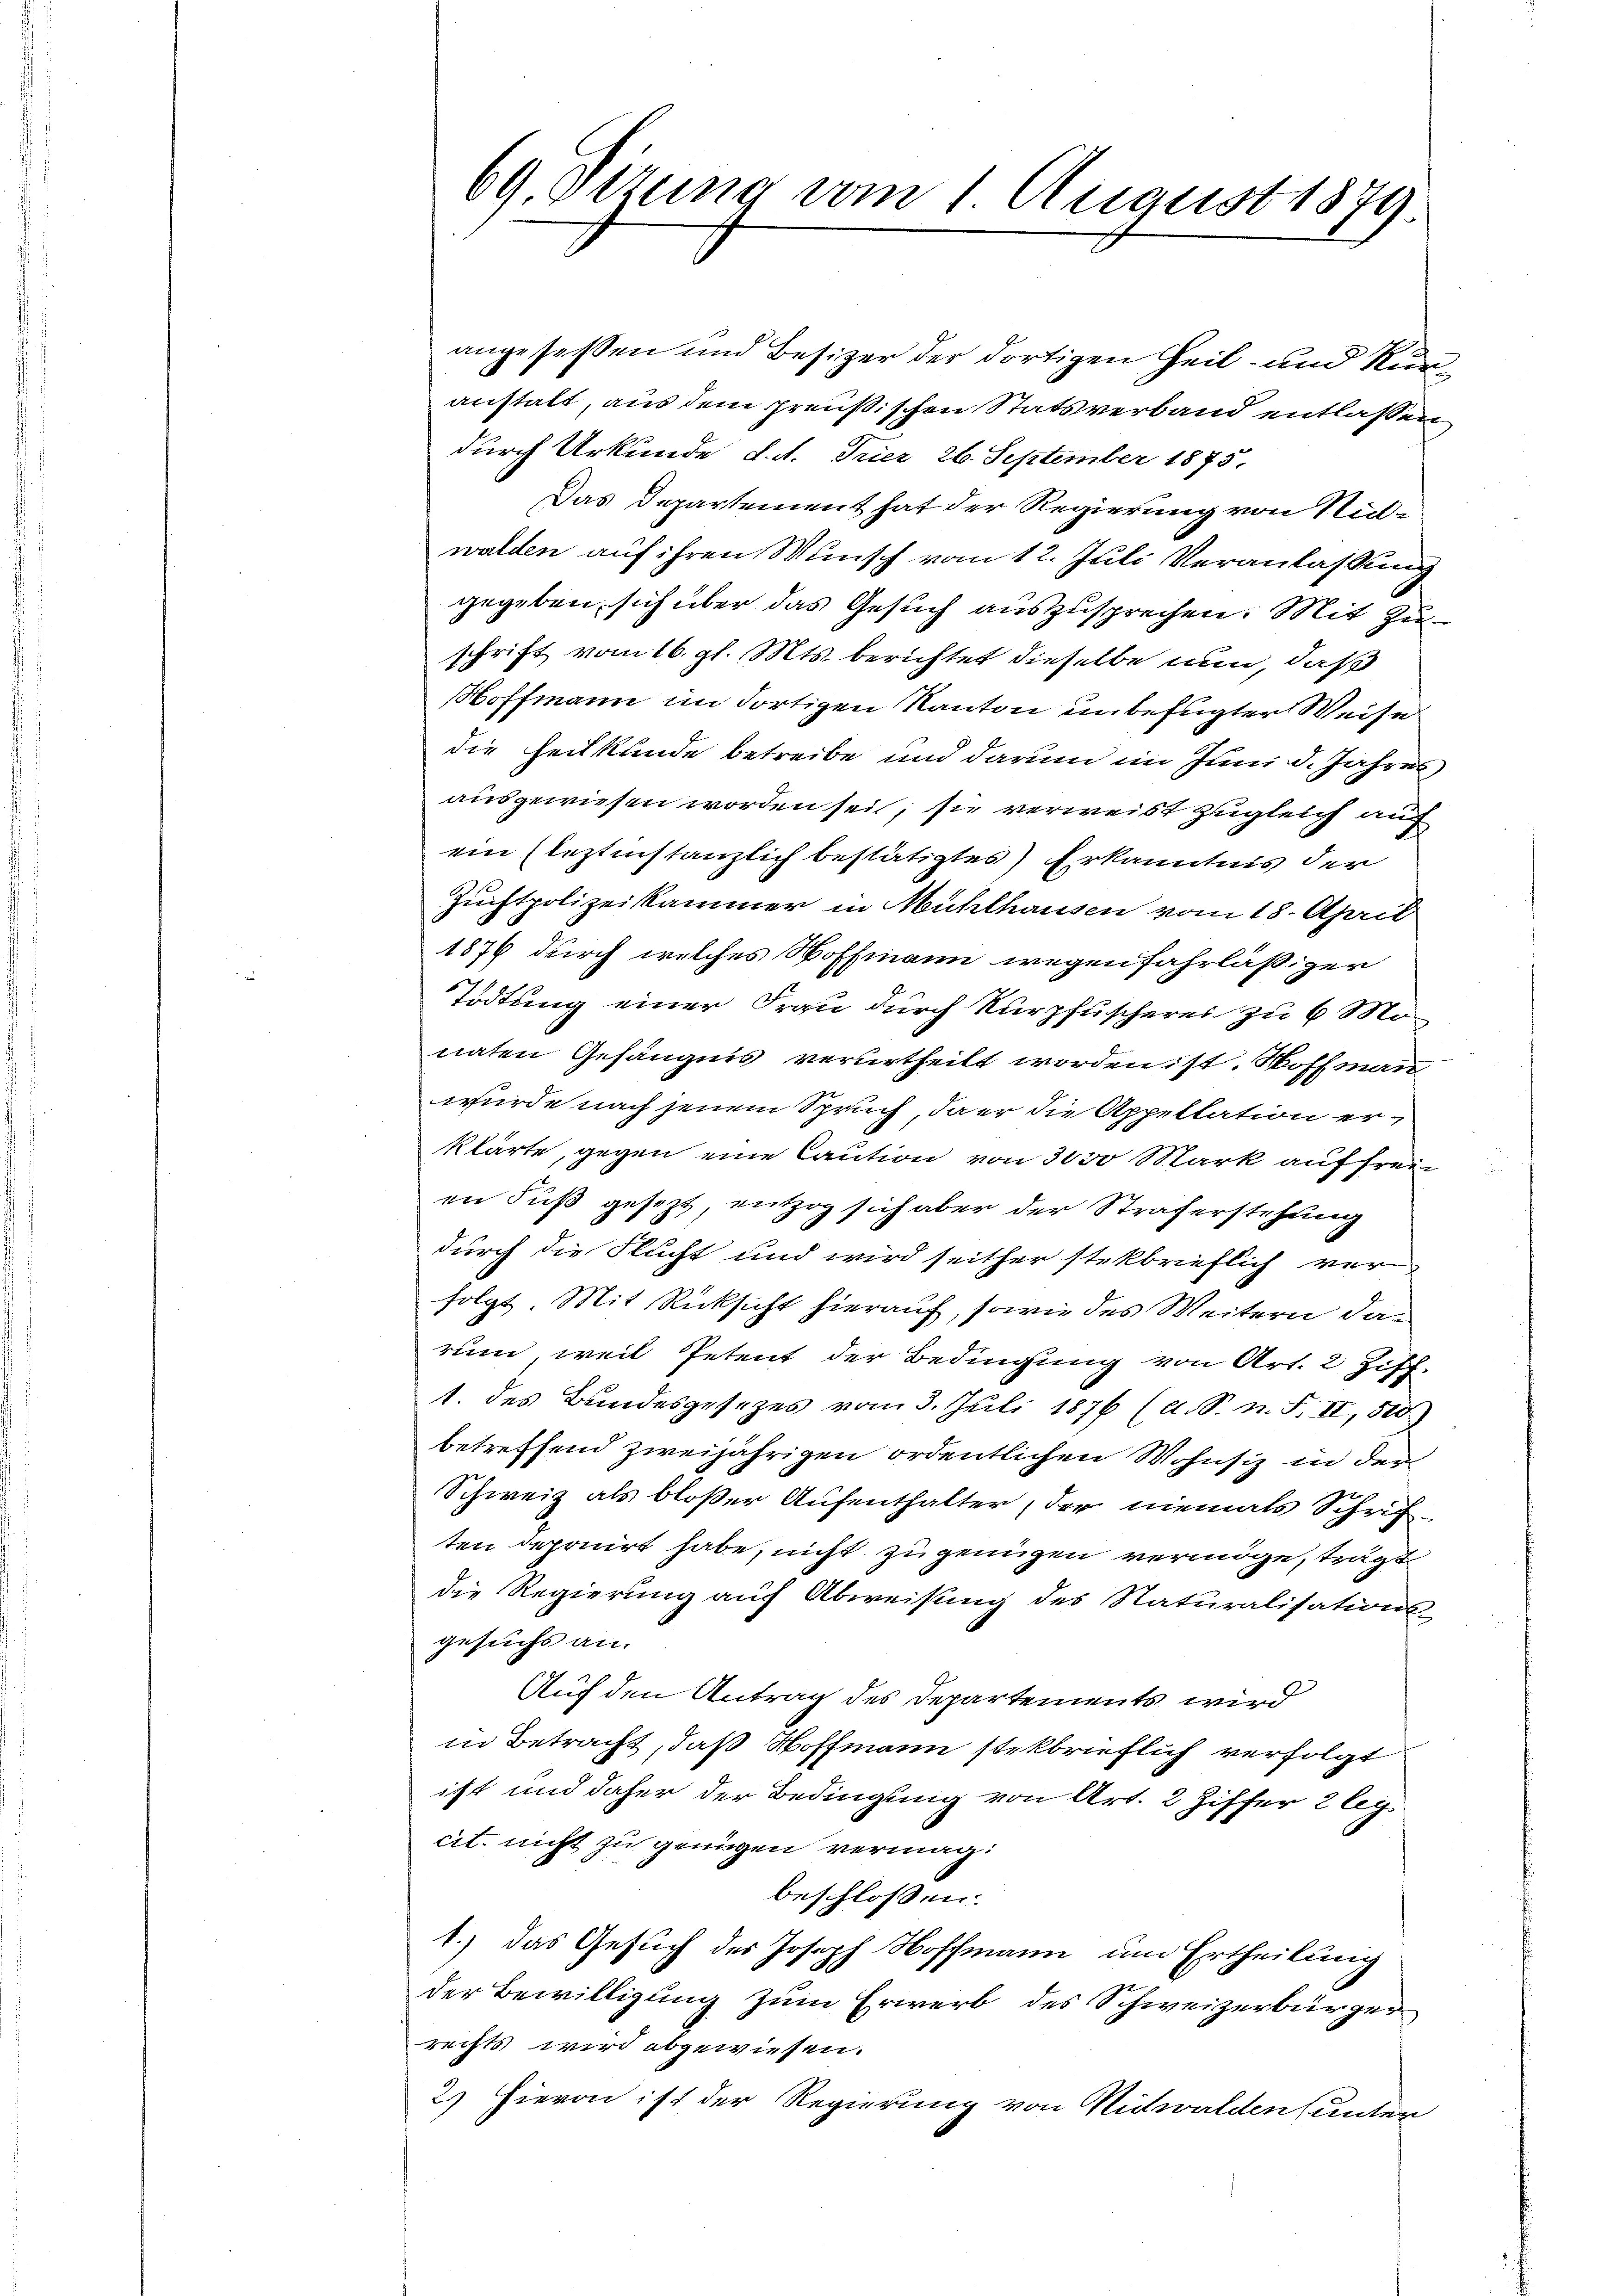
angeseßen und Besizer der dortigen Zeit- und Kunanstalt, aus dem preußischen Statsverband entlassen.
durch Urkunde d. M. Trier 26. September 1875.
Das Departement hat der Regierung von Nidwalden auf ihren Wunsch vom 12. Juli Veranlassung
gegeben, sich über das Gesuch auszusprechen. Mit Zuschrift vom 16. gl. Mts. berichtet dieselbe nun, daß
Hoffmann im dortigen Kanton unbefugter Weise
die Heilkunde betreibe und darum im Juni d. Jahres
ausgewiesen worden sei; sie verweist zugleich auf
ein (letztinstanzlich bestätigtes) Erkanntnis der
Zuchtpolizeikammer in Mühlhausen vom 18. April
1876 durch welches Hoffmann wegenfahrläßiger
Tödtung einer Frau durch Kurpfuscheres zu 6 Monaten Gefängnis verurtheilt worden ist. Woffmann
wurde nach jenem Spruch, da er die Appellation erklärte, gegen eine Caution von 3000 Mark auf freien Fuß gesezt, entzog sich aber der Straferstehung
durch die Flucht und wird seither stekbrieflich verfolgt. Mit Rücksicht hierauf, sowie des Weitern dann
rum, weil Petent der Bedingung von Art. 2 Ziff.
1. des Bundesgesezes vom 3. Juli 1876 (a. S. n. F. II, 500
betreffend zweijährigen ordentlichen Wohnsiz in der
Schweiz als bloßer Aufenthalter der niemals Schriften deponirt habe, nicht zu genügen vermöge, trägt
die Regierung auch Abweisung des Naturalisations-
gesuchs an.
Auf den Antrag des Departements wird
in Betracht, daß Hoffmann stekbrieflich verfolgt
ist und daher der Bedingung von Art. 2 Ziffer 2 leg
cit. nicht zu genügen vermag.
beschlossen:
1.) das Gesuch des Joseph Hoffmann um Ertheilung
der Bewilligung zum Erwerb des Schweizerbürgerrechts wird abgewiesen.
2) Hievon ist der Regierung von Nidwalden (unter

69. Ottung vom 1 August 1879.